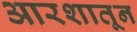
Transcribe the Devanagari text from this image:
आरशातून